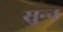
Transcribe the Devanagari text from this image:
सुन्‍न